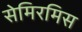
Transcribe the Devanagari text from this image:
सेमिरमिस